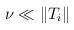
LaTeX: \begin{align*} \nu \ll \|T_i\| \qquad\end{align*}